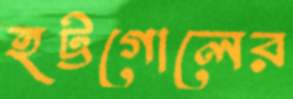
হট্টগোলের